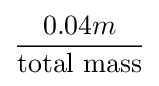
{\dfrac {0.04m}{\text{total mass}}}